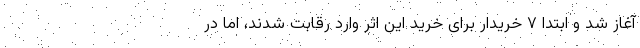
آغاز شد و ابتدا ۷ خریدار برای خرید این اثر وارد رقابت شدند، اما در